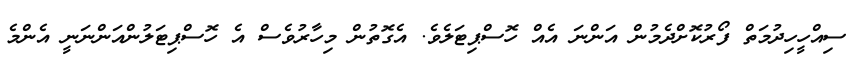
ސިއްހީހިދުމަތް ފޯރުކޮށްދެމުން އަންނަ އެއް ހޮސްޕިޓަލެވެ. އެގޮތުން މިހާރުވެސް އެ ހޮސްޕިޓަލުންއަންނަނީ އެންމެ